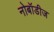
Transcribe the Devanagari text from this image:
नोबॉडीज